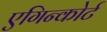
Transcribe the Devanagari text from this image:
एगिन्कोर्ट